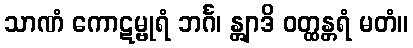
သာဏံ ကောဋမ္ဗုရံ ဘင်္ဂ၊ န္တျာဒိ ဝတ္ထန္တရံ မတံ။